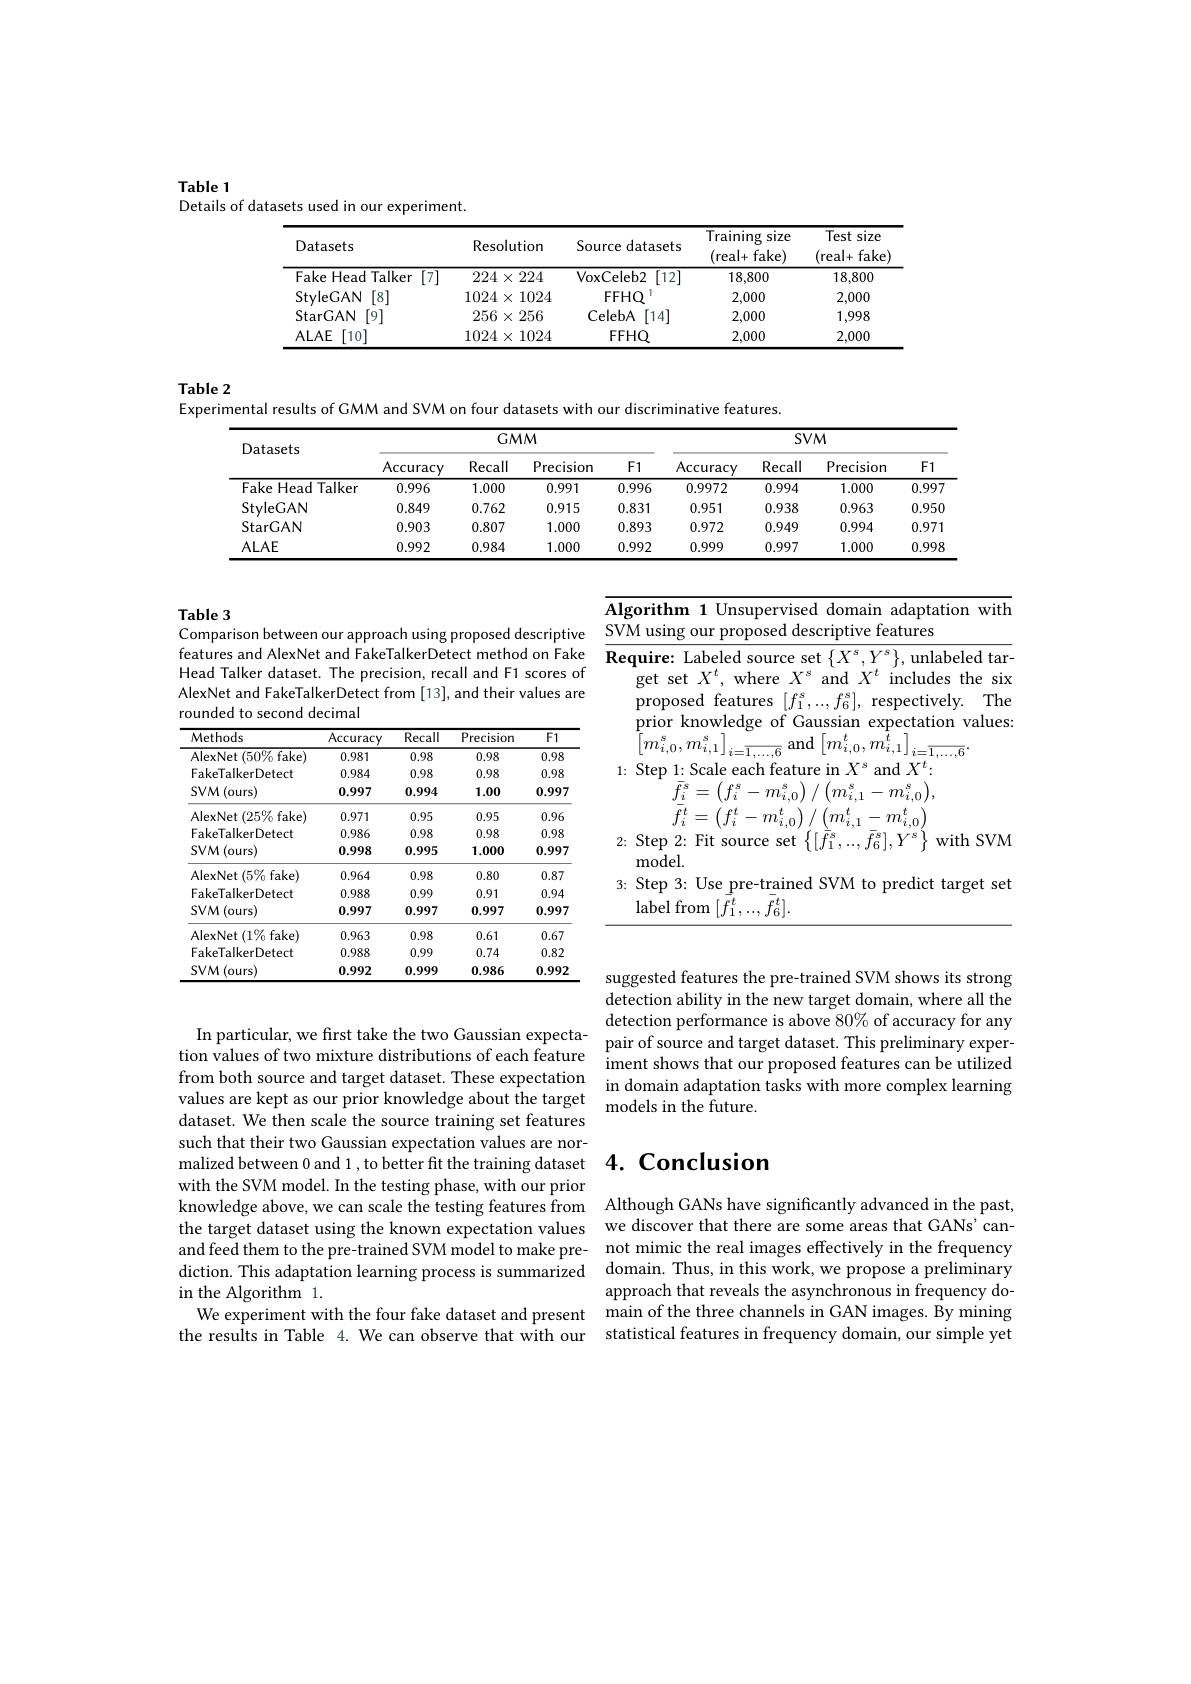
Table 1
Details of datasets used in our experiment.

<table>
	<tbody>
		<tr>
			<th>Datasets</th>
			<th>Resolution</th>
			<th>Source datasets</th>
			<th>$\overline{\mathrm{Training}}$ size (real+ fake)</th>
			<th>Test s size fake (real+ $\frac{n}{2}$</th>
		</tr>
		<tr>
			<td>Fake Head Talker [7]</td>
			<td>$224\times224$</td>
			<td>$\operatorname{VoxCeleb2}$ $\overline{[12]}$</td>
			<td>18,800</td>
			<td>18,800</td>
		</tr>
		<tr>
			<td>StyleGAN [8]</td>
			<td>$1024\times1024$</td>
			<td>$FFHQ$</td>
			<td>2,000</td>
			<td>2,000</td>
		</tr>
		<tr>
			<td>StarGAN [9]</td>
			<td>$256\times256$</td>
			<td>CelebA [14]</td>
			<td>2,000</td>
			<td>1,998</td>
		</tr>
		<tr>
			<td>$ALAE$ [10]</td>
			<td>$1024\times1$ 1024</td>
			<td>FFHQ</td>
			<td>2,000</td>
			<td>2,000</td>
		</tr>
	</tbody>
</table>

Table 2

Experimental results of GMM and SVM on four datasets with our discriminative features.

<table>
	<tbody>
		<tr>
			<th rowspan="2">Datasets</th>
			<th colspan="4">$GMM$</th>
			<th colspan="4">$SVM$</th>
		</tr>
		<tr>
			<th>$\operatorname{Accuracy}$</th>
			<th>Recall</th>
			<th>Precision</th>
			<th>$F1$</th>
			<th>Accuracy</th>
			<th>Recall</th>
			<th>Precision</th>
			<th>$F1$</th>
		</tr>
		<tr>
			<td>Fake Head Talker</td>
			<td>0.996</td>
			<td>1.000</td>
			<td>0.991</td>
			<td>0.996</td>
			<td>0.9972</td>
			<td>0.994</td>
			<td>1.000</td>
			<td>0.997</td>
		</tr>
		<tr>
			<td>StyleGAN</td>
			<td>0.849</td>
			<td>0.762</td>
			<td>0.915</td>
			<td>0.831</td>
			<td>0.951</td>
			<td>0.938</td>
			<td>0.963</td>
			<td>0.950</td>
		</tr>
		<tr>
			<td>StarGAN</td>
			<td>0.903</td>
			<td>0.807</td>
			<td>1.000</td>
			<td>0.893</td>
			<td>0.972</td>
			<td>0.949</td>
			<td>0.994</td>
			<td>0.971</td>
		</tr>
		<tr>
			<td>$ALAE$</td>
			<td>0.992</td>
			<td>0.984</td>
			<td>1.000</td>
			<td>0.992</td>
			<td>0.999</td>
			<td>0.997</td>
			<td>1.000</td>
			<td>0.998</td>
		</tr>
	</tbody>
</table>

Table 3
Comparison between our approach using proposed descriptive $\underline{\text{SVMusingourproposeddescriptivefeatures}}$

features and AlexNet and FakeTalkerDetect method on Fake $\overline{\textbf{Require: Labeled source set}\left\{X^{s},Y^{s}\right\},\text{unlabeled tar-}}$Head Talker dataset. The precision, recall and F1 scores of $\gcd$ set $X^t$, where $X^s$ and $X^t$ includes the six
AlexNet and FakeTalkerDetect from [13], and their values are
rounded to second decimal

Algorithm 1 Unsupervised domain adaptation with
proposed features $[f_1^s,..,f_6^s]$, respectively. The prior knowledge of Gaussian expectation values: $\left[m_{i,0}^{s},m_{i,1}^{s}\right]_{i=\overline{1,\ldots,6}}$and$\left[m_{i,0}^{t},m_{i,1}^{t}\right]_{i=\overline{1,\ldots,6}}$
1: Step 1: Scale each feature in $X^s$ and $X^t:$
$\bar{f}_{\underline{i}}^{s}=\left(f_{i}^{s}-m_{i,0}^{s}\right)/\left(m_{i,1}^{s}-m_{i,0}^{s}\right)$, $\bar{f}_{i}^{t}=\left(f_{i}^{t}-m_{i,0}^{t}\right)/\left(m_{i,1}^{t}-m_{i,0}^{t}\right)$
2: Step 2: Fit source set $\left\{[\bar{f}_{1}^{s},..,\bar{f}_{6}^{s}],Y^{'s}\right\}$ with SVM
model.
3: Step 3: Use pre-trained SVM to predict target set
${\overset{\mathrm{label~from~}}{[{\overset{{.}}{f}}_{1}^{t},...,{\bar{f}}_{6}^{t}]}.}$

<table>
	<tbody>
		<tr>
			<th>Methods</th>
			<th>Accuracy</th>
			<th>Recall</th>
			<th>Precision</th>
			<th>$F1$</th>
		</tr>
		<tr>
			<td>${\mathrm{AlexNet}}(50\%$fake)</td>
			<td>0.981</td>
			<td>0.98</td>
			<td>0.98</td>
			<td>0.98</td>
		</tr>
		<tr>
			<td>FakeTalkerDetect</td>
			<td>0.984</td>
			<td>0.98</td>
			<td>0.98</td>
			<td>0.98</td>
		</tr>
		<tr>
			<td>SVM(ours)</td>
			<td>0.997</td>
			<td>0.994</td>
			<td>1.00</td>
			<td>0.997</td>
		</tr>
		<tr>
			<td>${\mathrm{AlexNet}}\left(25\%\mathrm{fake}\right)$</td>
			<td>0.971</td>
			<td>0.95</td>
			<td>0.95</td>
			<td>0.96</td>
		</tr>
		<tr>
			<td>FakeTalkerDetect</td>
			<td>0.986</td>
			<td>0.98</td>
			<td>0.98</td>
			<td>0.98</td>
		</tr>
		<tr>
			<td>SVM(ours)</td>
			<td>0.998</td>
			<td>0.995</td>
			<td>1.000</td>
			<td>0.997</td>
		</tr>
		<tr>
			<td>AlexNet$\left ( 5\% \mathrm{~fake}\right )$</td>
			<td>0.964</td>
			<td>0.98</td>
			<td>0.80</td>
			<td>0.87</td>
		</tr>
		<tr>
			<td>FakeTalkerDetect</td>
			<td>0.988</td>
			<td>0.99</td>
			<td>0.91</td>
			<td>0.94</td>
		</tr>
		<tr>
			<td>SVM(ours)</td>
			<td>0.997</td>
			<td>0.997</td>
			<td>0.997</td>
			<td>0.997</td>
		</tr>
		<tr>
			<td>AlexNet $(1\%$ fake)</td>
			<td>0.963</td>
			<td>0.98</td>
			<td>0.61</td>
			<td>0.67</td>
		</tr>
		<tr>
			<td>FakeTalkerDetect</td>
			<td>0.988</td>
			<td>0.99</td>
			<td>0.74</td>
			<td>0.82</td>
		</tr>
		<tr>
			<td>SVM(ours)</td>
			<td>0.992</td>
			<td>0.999</td>
			<td>0.986</td>
			<td>0.992</td>
		</tr>
	</tbody>
</table>

suggested features the pre-trained SVM shows its strong detection ability in the new target domain, where all the
In particular, we first take the two Gaussian expecta- $\begin{array}{ll}\text{detection performance is above 80\% of accuracy for any}\\\text{pair of source and target dataset. This preliminary exper-}\\\text{on valuecof two wivtura dictrijhtions of acach faature rature pature pair }\end{array}$
iment shows that our proposed features can be utilized
from both source and target dataset. These expectation in domain adaptation tasks with more complex learning
models in the future.

# 4. Conclusion

tion values of two mixture distributions of each feature values are kept as our prior knowledge about the target dataset. We then scale the source training set features such that their two Gaussian expectation values are normalized between 0 and 1 , to better fit the training dataset with the SVM model. In the testing phase, with our prior knowledge above, we can scale the testing features from the target dataset using the known expectation values we discover that there are some areas that GANs' canand feed them to the pre-trained SVM model to make pre- not mimic the real images effectively in the frequency diction. This adaptation learning process is summarized domain. Thus, in this work, we propose a preliminary in the Algorithm 1.
We experiment with the four fake dataset and present main of the three channels in GAN images. By mining the results in Table 4. We can observe that with our statistical features in frequency domain, our simple yet

Although GANs have significantly advanced in the past, approach that reveals the asynchronous in frequency do-